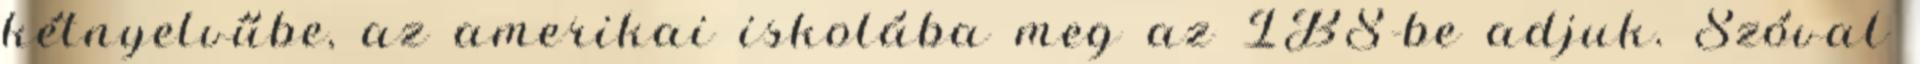
kétnyelvűbe, az amerikai iskolába meg az IBS-be adjuk. Szóval